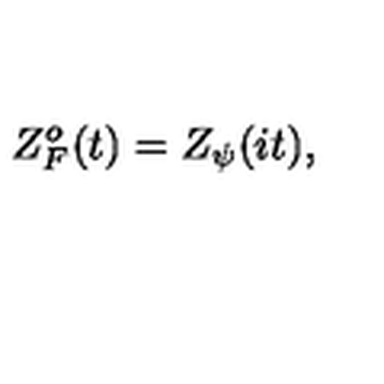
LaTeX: Z _ { F } ^ { o } ( t ) = Z _ { \psi } ( i t ) ,